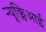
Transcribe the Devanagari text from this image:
न्यूक्लिआई